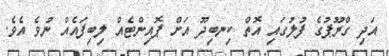
އަދި ގްރޫޕުގެ ފުލުގައި އޮތް ކިނބިދޫ އަށް ޕޮއިންޓެއް ލިބިފައެއް ނުވެ އެވެ.